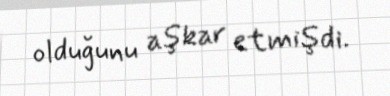
olduğunu aşkar etmişdi.